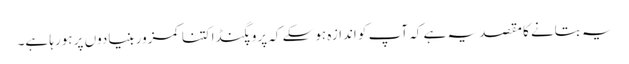
یہ بتانے کا مقصد یہ ہے کہ آپ کو اندازہ ہوسکے کہ پروپگنڈا کتنا کمزور بنیادوں پر ہورہا ہے۔